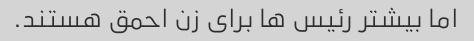
اما بیشتر رئیس ها برای زن احمق هستند.